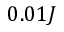
0 . 0 1 J